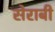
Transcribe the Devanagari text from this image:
सेराबी